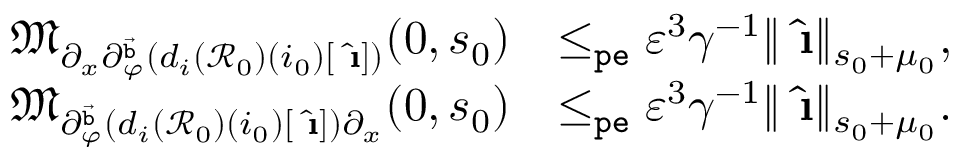
\begin{array} { r l } { \mathfrak { M } _ { \partial _ { x } \partial _ { \varphi } ^ { \vec { \mathtt { b } } } ( d _ { i } ( \mathcal { R } _ { 0 } ) ( i _ { 0 } ) [ \hat { \textbf { \i } } ] ) } ( 0 , s _ { 0 } ) } & { \le _ { \mathtt { p e } } \varepsilon ^ { 3 } \gamma ^ { - 1 } \rVert \hat { \textbf { \i } } \rVert _ { s _ { 0 } + \mu _ { 0 } } , } \\ { \mathfrak { M } _ { \partial _ { \varphi } ^ { \vec { \mathtt { b } } } ( d _ { i } ( \mathcal { R } _ { 0 } ) ( i _ { 0 } ) [ \hat { \textbf { \i } } ] ) \partial _ { x } } ( 0 , s _ { 0 } ) } & { \le _ { \mathtt { p e } } \varepsilon ^ { 3 } \gamma ^ { - 1 } \rVert \hat { \textbf { \i } } \rVert _ { s _ { 0 } + \mu _ { 0 } } . } \end{array}